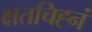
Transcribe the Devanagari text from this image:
क्षतचिह्नं